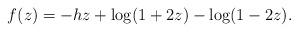
LaTeX: \begin{align*}f(z) = -h z + \log(1+2z) -\log(1-2z).\end{align*}